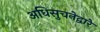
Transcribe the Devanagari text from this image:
अधिसुचनेद्वारे